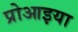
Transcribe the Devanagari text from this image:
प्रोआइया